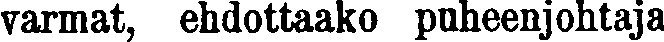
varmat, ehdottaako puheenjohtaja